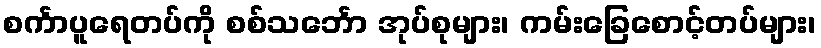
စင်္ကာပူရေတပ်ကို စစ်သင်္ဘော အုပ်စုများ၊ ကမ်းခြေစောင့်တပ်များ၊